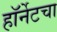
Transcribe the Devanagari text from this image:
हॉर्नेटचा